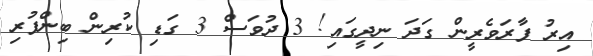
އިރު ފާރަވެރީން ގަދަ ނިދީގައި! 3 ދުވަސް 3 ގަޑި ކުރިން ބިންފުރި